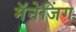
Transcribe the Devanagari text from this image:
मॅनेजिंग